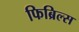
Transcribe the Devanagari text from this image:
फिब्रिल्स